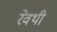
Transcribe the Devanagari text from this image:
रेवथी